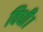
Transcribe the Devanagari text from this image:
विधी।